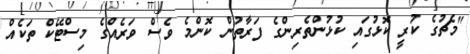
"މެޗުގެ ކުރީ ކޮޅުގައި ކުޅުންތެރިންގެ ފަރާތުން ކޮންމެ ވެސް ވަރެއްގެ މިސްޓޭކް ތަކެއް